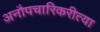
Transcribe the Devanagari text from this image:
अनौपचारिकरीत्या